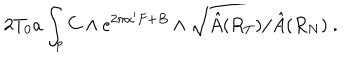
LaTeX: 2 T _ { 0 } a \int _ { p } C \wedge \mathrm { e } ^ { 2 \pi \alpha ^ { \prime } F + B } \wedge \sqrt { \hat { A } ( R _ { T } ) / \hat { A } ( R _ { N } ) } ~ .